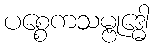
ပစ္စေကသမ္ဗုဒ္ဓေါ